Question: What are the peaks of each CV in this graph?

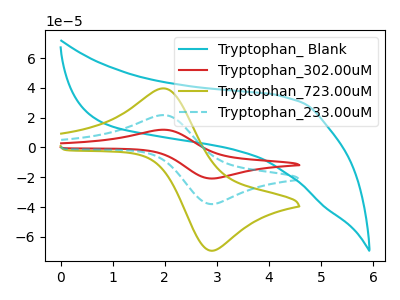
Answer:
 <answer>The cyan curve "Tryptophan_ Blank" has no peaks. The red curve "Tryptophan_302.00uM" has an anodic peak at (2.00V, 43.50uA) and a cathodic peak at (2.85V, -75.75uA). The olive curve "Tryptophan_723.00uM" has an anodic peak at (2.00V, 39.70uA) and a cathodic peak at (2.85V, -69.10uA). The cyan dashed curve "Tryptophan_233.00uM" has an anodic peak at (2.00V, 21.75uA) and a cathodic peak at (2.85V, -37.90uA).</answer>
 <eval></eval>